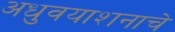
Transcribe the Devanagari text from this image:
अधुवयाशनाचे